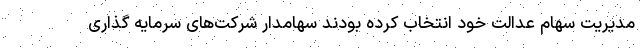
مدیریت سهام عدالت خود انتخاب کرده بودند سهامدار شرکت‌های سرمایه گذاری